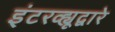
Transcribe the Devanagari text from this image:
इंटरव्ह्यूद्वारे